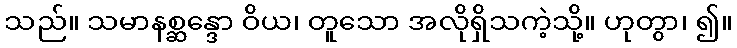
သည်။ သမာနစ္ဆန္ဒော ဝိယ၊ တူသော အလိုရှိသကဲ့သို့။ ဟုတွာ၊ ၍။